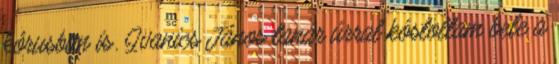
kórusban is. Ivanics János tanár úrral kóstoltam bele a